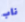
ناب